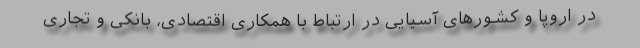
در اروپا و کشورهای آسیایی در ارتباط با همکاری اقتصادی، بانکی و تجاری